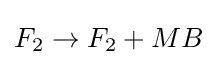
F_{2}\rightarrow F_{2}+MB